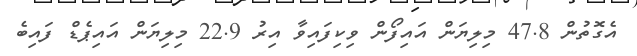
އެގޮތުން 47.8 މިލިޔަން އައިފޯން ވިކިފައިވާ އިރު 22.9 މިލިޔަން އައިޕެޑް ފައިބެ